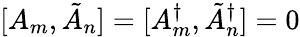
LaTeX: [A_{m},\tilde{A}_{n}]=[A_{m}^{\dagger},\tilde{A}_{n}^{\dagger}]=0